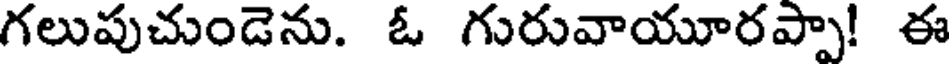
గలుపుచుండెను. ఓ గురువాయూరప్పా! ఈ